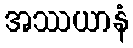
အဿယာနံ